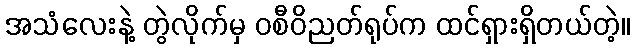
အသံလေးနဲ့ တွဲလိုက်မှ ဝစီဝိညတ်ရုပ်က ထင်ရှားရှိတယ်တဲ့။